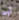
آوه